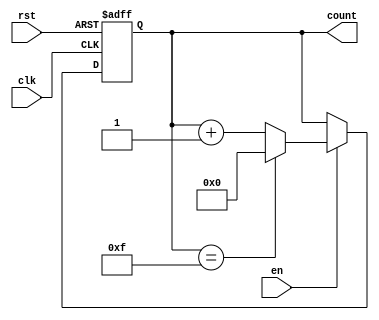
module up_counter (
    input wire clk,      // Clock signal
    input wire en,       // Enable signal
    input wire rst,      // Asynchronous reset
    output reg [N-1:0] count // Counter output (N-bit wide)
);
    parameter N = 4; // Width of the counter (can be adjusted)

    // Asynchronous reset and counting logic
    always @(posedge clk or posedge rst) begin
        if (rst) begin
            count <= 0; // Reset the counter to 0
        end else if (en) begin
            if (count == (2**N - 1)) begin
                count <= 0; // Wrap around to 0
            end else begin
                count <= count + 1; // Increment the counter
            end
        end
        // If en is low, count retains its current value
    end

endmodule